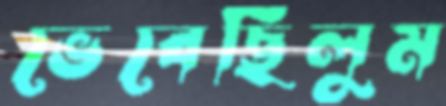
ভেবেছিলুম